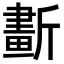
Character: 𣃂